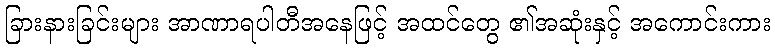
ခြားနားခြင်းများ အာဏာရပါတီအနေဖြင့် အထင်တွေ ၏အဆုံးနှင့် အကောင်းကား